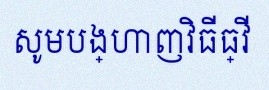
សូមបង្ហាញវិធីធ្វើ